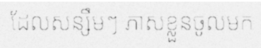
ដែលសន្សឹមៗ ភាសខ្លួនចូលមក